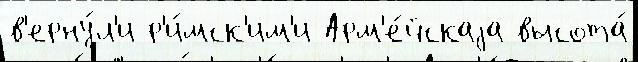
в'ерну́л'и р'и́мск'им'и Арм'е́йскаjа высота́